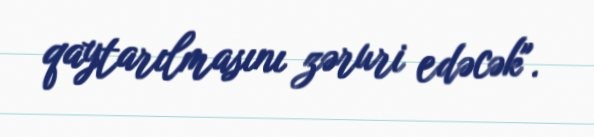
qaytarılmasını zəruri edəcək".